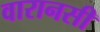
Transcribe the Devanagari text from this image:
वारानसी